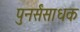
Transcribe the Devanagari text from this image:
पुनर्संसाधक